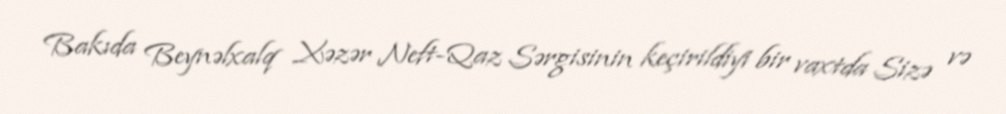
Bakıda Beynəlxalq Xəzər Neft-Qaz Sərgisinin keçirildiyi bir vaxtda Sizə və